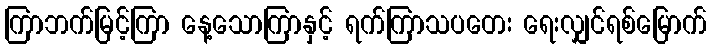
ကြာဘက်မြင့်ကြာ နေ့သောကြာနှင့် ရက်ကြာသပတေး ရေးလျှင်ရစ်မြောက်